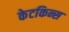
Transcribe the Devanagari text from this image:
केटकिन्स